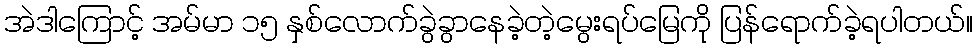
အဲဒါကြောင့် အမ်မာ ၁၅ နှစ်လောက်ခွဲခွာနေခဲ့တဲ့မွေးရပ်မြေကို ပြန်ရောက်ခဲ့ရပါတယ်။